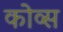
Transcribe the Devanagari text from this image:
कोव्स